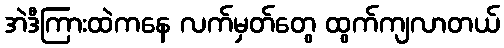
အဲဒီကြားထဲကနေ လက်မှတ်တွေ ထွက်ကျလာတယ်